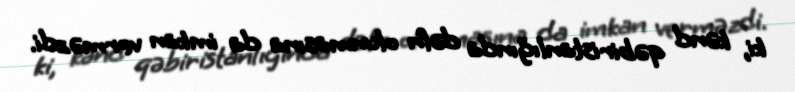
ki, kənd qəbiristanlığında dəfn olunmasına da imkan verməzdi.